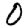
Digit: 0